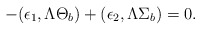
\begin{align*}-(\epsilon_{1},\Lambda\Theta_{b})+(\epsilon_{2}, \Lambda\Sigma_{b})=0.\end{align*}